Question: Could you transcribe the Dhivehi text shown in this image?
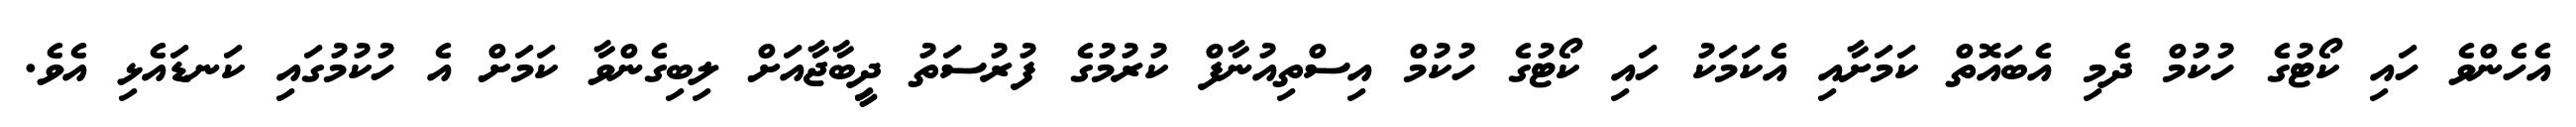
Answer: އެހެންވެ ހައި ކޯޓުގެ ހުކުމް ދެމި އެބައޮތް ކަމަށާއި އެކަމަކު ހައި ކޯޓުގެ ހުކުމް އިސްތިއުނާފް ކުރުމުގެ ފުރުސަތު ދީިބާޖާއަށް ލިބިގެންވާ ކަމަށް އެ ހުކުމުގައި ކަނޑައެޅި އެވެ.